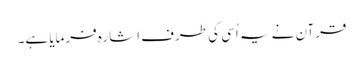
قرآن نے یہ اُسی کی طرف اشارہ فرمایا ہے۔